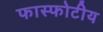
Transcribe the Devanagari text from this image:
फास्फोटीय